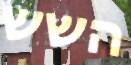
השש